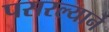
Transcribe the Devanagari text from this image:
पसरल्याने